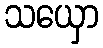
သယှော